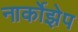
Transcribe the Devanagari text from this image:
नार्कोझेप